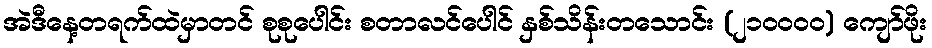
အဲဒီနေ့တရက်ထဲမှာတင် စုစုပေါင်း စတာလင်ပေါင် နှစ်သိန်းတသောင်း (၂၁၀၀၀၀) ကျော်ဖိုး